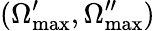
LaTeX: (\Omega_{\mathrm{max}}^{\prime},\Omega_{\mathrm{max}}^{\prime\prime})